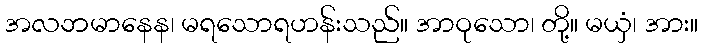
အလဘမာနေန၊ မရသောရဟန်းသည်။ အာဝုသော၊ တို့။ မယှံ၊ အား။